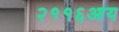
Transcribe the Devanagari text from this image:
२११६आय